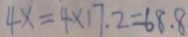
4 x = 4 \times 1 7 . 2 = 6 8 . 8